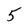
Character: 5